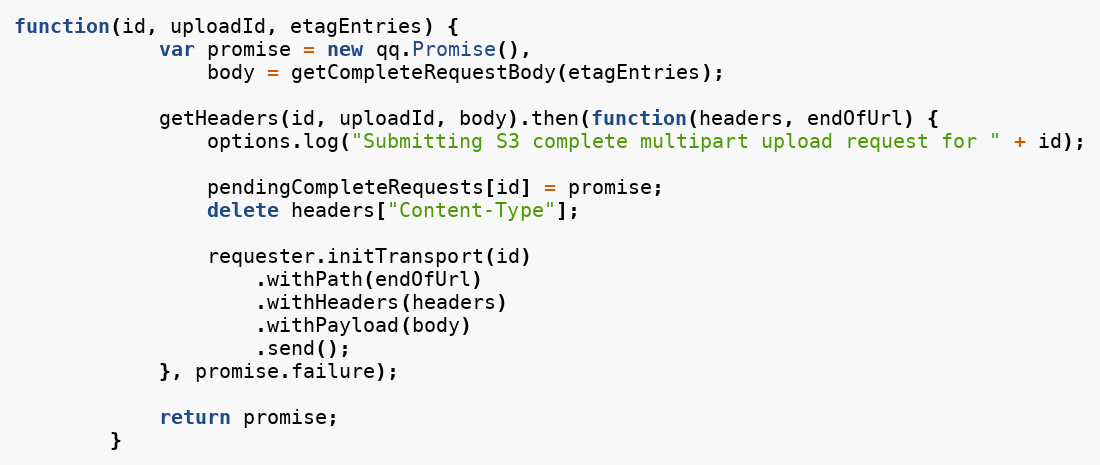
Language: JavaScript
function(id, uploadId, etagEntries) {
            var promise = new qq.Promise(),
                body = getCompleteRequestBody(etagEntries);

            getHeaders(id, uploadId, body).then(function(headers, endOfUrl) {
                options.log("Submitting S3 complete multipart upload request for " + id);

                pendingCompleteRequests[id] = promise;
                delete headers["Content-Type"];

                requester.initTransport(id)
                    .withPath(endOfUrl)
                    .withHeaders(headers)
                    .withPayload(body)
                    .send();
            }, promise.failure);

            return promise;
        }